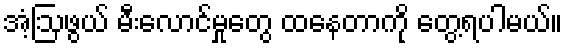
အံ့ဩဖွယ် မီးလောင်မှုတွေ ထနေတာကို တွေ့ရပါမယ်။